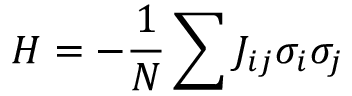
H = - \frac { 1 } { N } \sum { J _ { i j } \sigma _ { i } \sigma _ { j } }